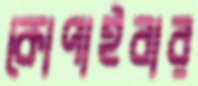
কোপাইবার